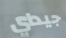
جيداي